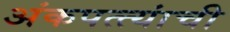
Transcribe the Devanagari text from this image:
अंकपत्त्यांची